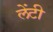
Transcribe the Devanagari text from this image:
लेंटी